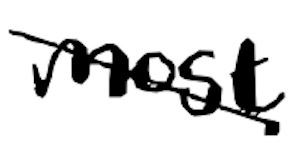
Text: most
Cross-out: diagonal
Writing tool: digital_black